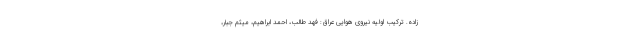
زاده. ترکیب اولیه نیروی هوایی عراق: فهد طالب، احمد ابراهیم، میثم جبار،